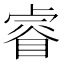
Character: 睿